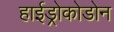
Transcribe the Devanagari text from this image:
हाईड्रोकोडोन